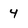
Character: 4